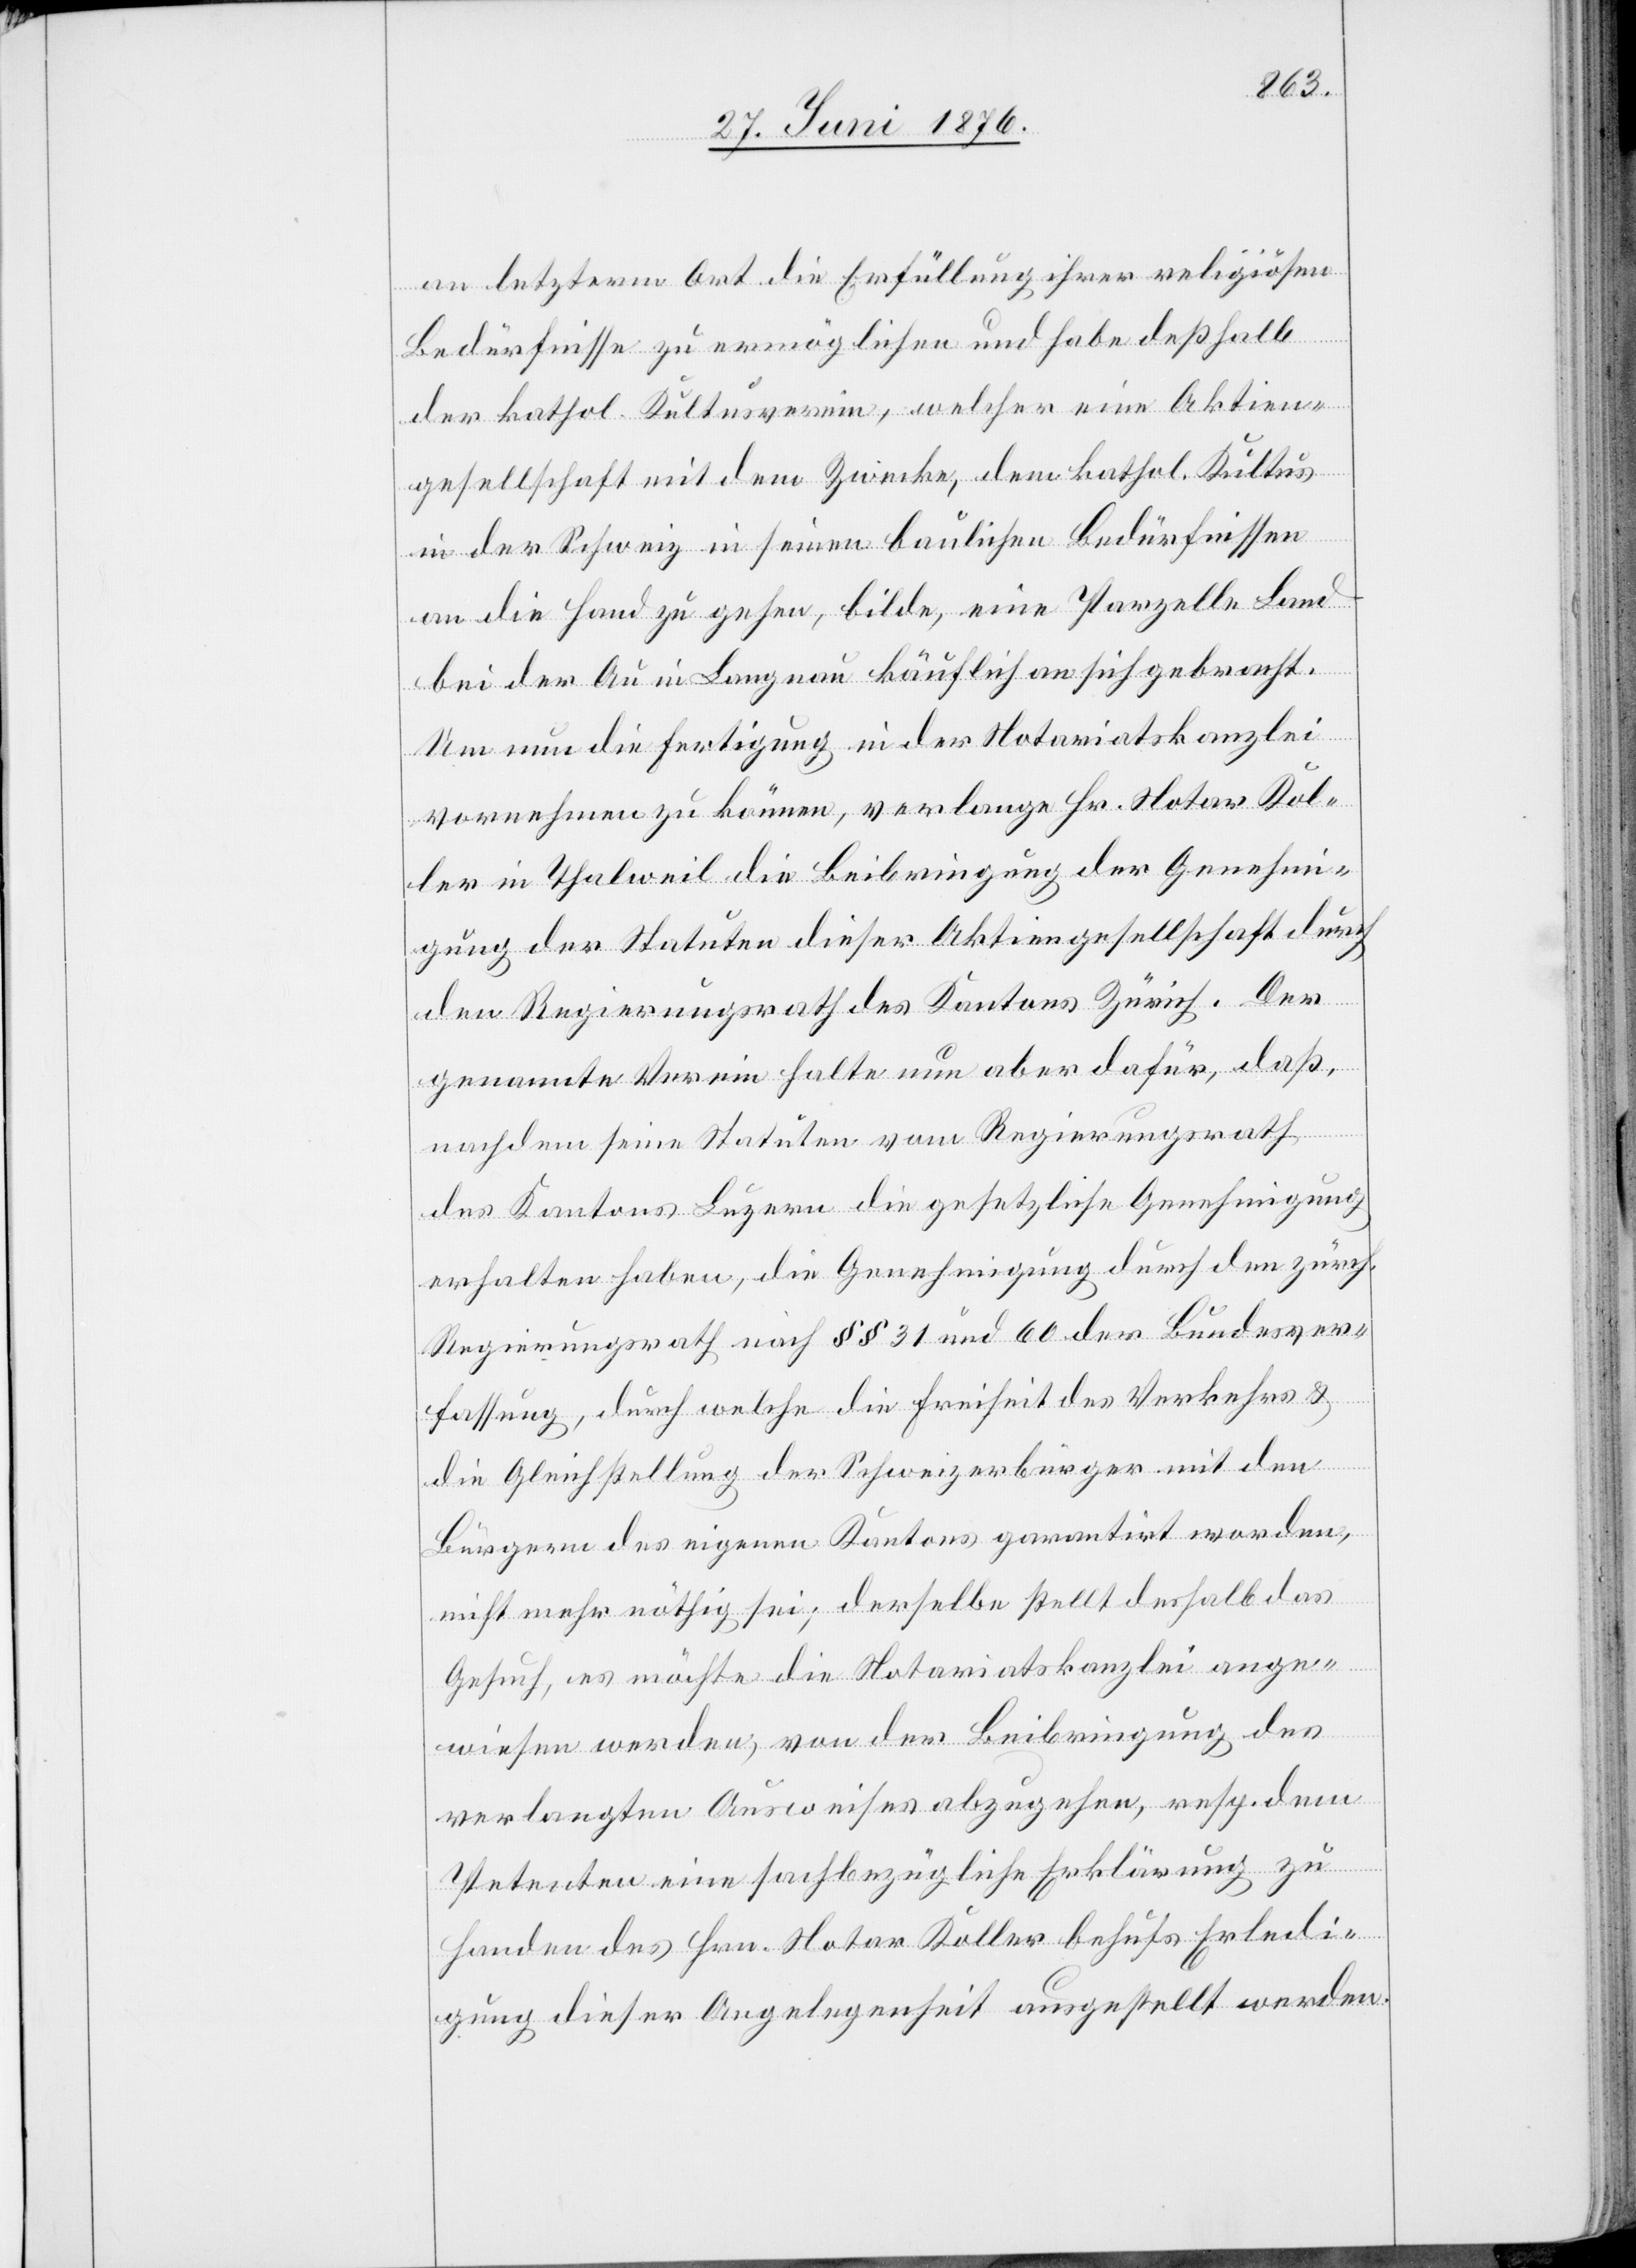
an letztern Ort die Erfüllung ihrer religiösen
Bedürfnisse zu ermöglichen und habe deßhalb
der kathol. Kultusverein, welcher eine Aktien¬
gesellschaft mit dem Zwecke, dem kathol. Kultus
in der Schweiz in seinen baulichen Bedürfnissen
an die Hand zu gehen, bilde, eine Parzelle Land
bei der Au in Langnau käuflich an sich gebracht.
Um nun die Fertigung in der Notariatskanzlei
vornehmen zu können, verlange Hr. Notar Kol¬
ler in Thalweil die Beibringung der Genehmi¬
gung der Statuten dieser Aktiengesellschaft durch
den Regierungsrath des Kantons Zürich. Der
genannte Verein halte nun aber dafür, daß,
nachdem seine Statuten vom Regierungsrath
des Kantons Luzern die gesetzliche Genehmigung
erhalten haben, die Genehmigung durch den zürch.
Regierungsrath nach §§ 31 und 60 der Bundesver¬
fassung, durch welche die Freiheit des Verkehrs &
die Gleichstellung der Schweizerbürger mit den
Bürgern des eigenen Kantons garantirt worden,
nicht mehr nöthig sei; derselbe stellt deshalb das
Gesuch, es möchte die Notariatskanzlei ange¬
wiesen werden, von der Beibringung des
verlangten Ausweises abzugehen, resp. dem
Petenten eine sachbezügliche Erklärung zu
Handen des Hrn. Notar Koller behufs Erledi¬
gung dieser Angelegenheit ausgestellt werden.